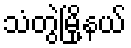
သံတွဲမြို့နယ်